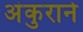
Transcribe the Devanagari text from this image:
अंकुराने